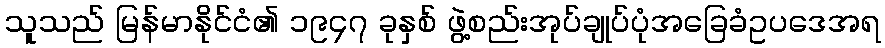
သူသည် မြန်မာနိုင်ငံ၏ ၁၉၄၇ ခုနှစ် ဖွဲ့စည်းအုပ်ချုပ်ပုံအခြေခံဥပဒေအရ